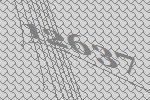
12637